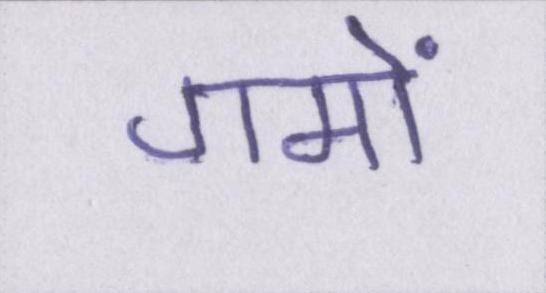
गमों